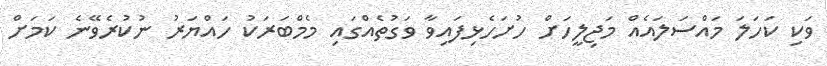
ވަކި ކަހަލަ މައްސަލައެއް މަޖިލީހަށް ހުށަހެޅިފައިވާ ވަގުތެއްގައި މެމްބަރަކު ހައްޔަރު ނުކުރެވޭނެ ކަމަށް